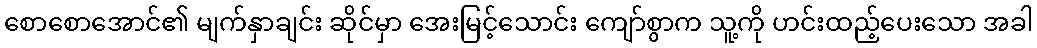
စောစောအောင်၏ မျက်နှာချင်း ဆိုင်မှာ အေးမြင့်သောင်း ကျော်စွာက သူ့ကို ဟင်းထည့်ပေးသော အခါ